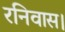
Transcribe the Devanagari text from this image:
रनिवास।